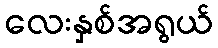
လေးနှစ်အရွယ်